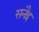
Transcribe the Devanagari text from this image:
सनैइ